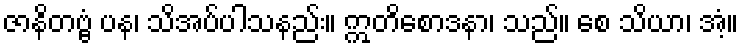
ဇာနိတဗ္ဗံ ပန၊ သိအပ်ပါသနည်း။ ဣတိစောဒနာ၊ သည်။ စေ သိယာ၊ အံ့။